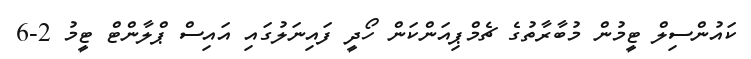
ކައުންސިލް ޓީމުން މުބާރާތުގެ ޗެމްޕިއަންކަން ހޯދީ ފައިނަލުގައި އައިސް ޕްލާންޓް ޓީމު 2-6